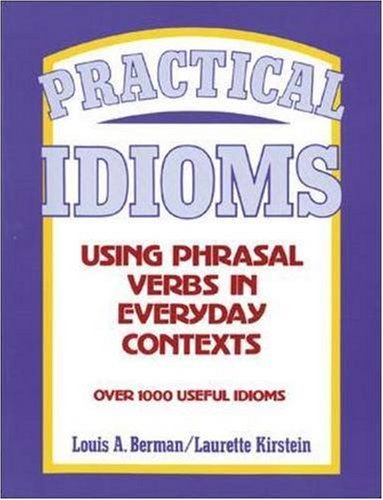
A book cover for Practical Idioms : Using Phrasal Verbs in Everyday Contexts; Louis A. Berman; Reference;